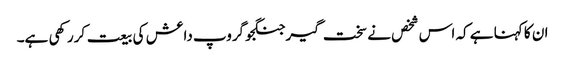
ان کا کہنا ہے کہ اس شخص نے سخت گیر جنگجو گروپ داعش کی بیعت کررکھی ہے۔